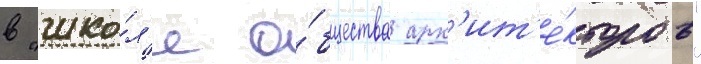
в "шко́л'е о́бщества арх'ит'е́кторов"